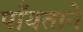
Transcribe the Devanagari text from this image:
पाँयताने